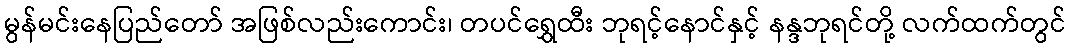
မွန်မင်းနေပြည်တော် အဖြစ်လည်းကောင်း၊ တပင်ရွှေထီး ဘုရင့်နောင်နှင့် နန္ဒဘုရင်တို့ လက်ထက်တွင်